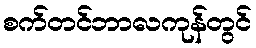
စက်တင်ဘာလကုန်တွင်